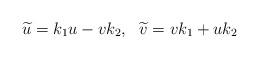
LaTeX: \begin{align*} \widetilde{u}={{k}_{1}}u-v{{k}_{2}},~~\widetilde{v}=v{{k}_{1}}+u{{k}_{2}}\end{align*}